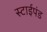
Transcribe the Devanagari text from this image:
स्टाईपंड